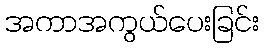
အကာအကွယ်ပေးခြင်း